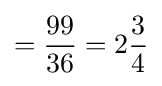
={\frac {99}{36}}=2{\frac {3}{4}}